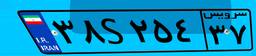
۸۲S۸۶۳۸۹